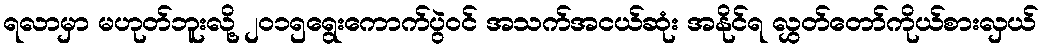
ရလာမှာ မဟုတ်ဘူးလို့ ၂၀၁၅ရွေးကောက်ပွဲဝင် အသက်အငယ်ဆုံး အနိုင်ရ လွှတ်တော်ကိုယ်စားလှယ်